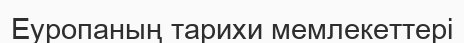
Еуропаның тарихи мемлекеттері